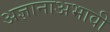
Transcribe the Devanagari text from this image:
अज्ञानाअभावी